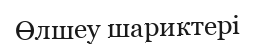
Өлшеу шариктері